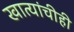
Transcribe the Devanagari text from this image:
खात्यांचीही